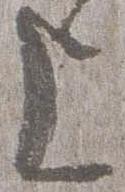
上